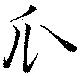
瓜